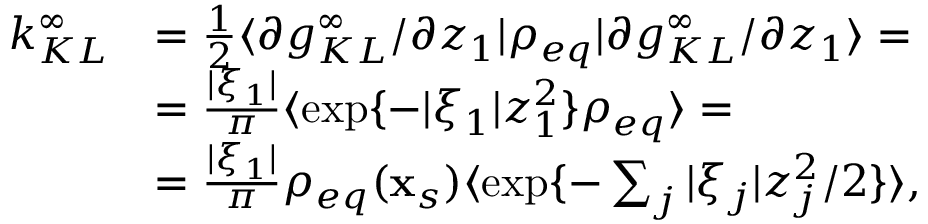
\begin{array} { r l } { k _ { K L } ^ { \infty } } & { = \frac { 1 } { 2 } \langle \partial g _ { K L } ^ { \infty } / \partial z _ { 1 } \rvert \rho _ { e q } \lvert \partial g _ { K L } ^ { \infty } / \partial z _ { 1 } \rangle = } \\ & { = \frac { | \xi _ { 1 } | } { \pi } \langle \exp \{ - | \xi _ { 1 } | z _ { 1 } ^ { 2 } \} \rho _ { e q } \rangle = } \\ & { = \frac { | \xi _ { 1 } | } { \pi } \rho _ { e q } ( \mathbf { x } _ { s } ) \langle \exp \{ - \sum _ { j } | \xi _ { j } | z _ { j } ^ { 2 } / 2 \} \rangle , } \end{array}